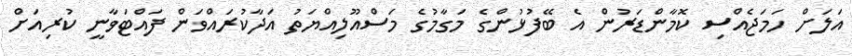
އަލަށް ހަމަޖެއްސި ކޮމާންޑަރުން އެ ބޭފުޅުންގެ މަގާމުގެ މަސްއޫލިއްޔަތު އަދާކުރައްވަން ފައްޓަވާނީ ކުރިއަށް